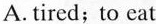
A.tired;to eat